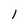
Character: 1